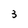
Character: 3